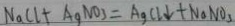
N a C l + A g N O _ { 3 } = A g C l \downarrow + N a N O _ { 3 }